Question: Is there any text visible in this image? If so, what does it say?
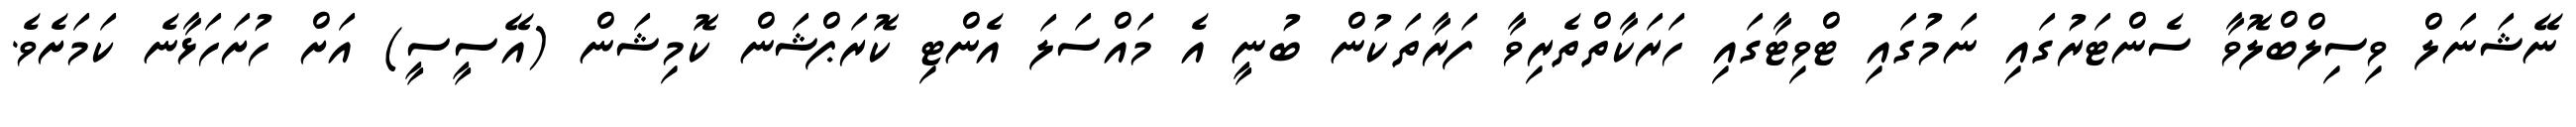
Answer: ނޭޝަނަލް ވިސިލްބްލޮވާ ސެންޓަރުގައި ނަމުގައި ޓްވިޓާގައި ހަރަކާތްތެރިވާ ފަރާތަކުން ބުނީ އެ މައްސަލަ އެންޓި ކޮރަޕްޝަން ކޮމިޝަން (އޭސީސީ) އަށް ހުށަހަޅާނެ ކަމަށެވެ.